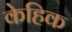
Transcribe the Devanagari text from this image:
केहिक